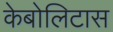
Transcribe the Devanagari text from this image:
केबोलिटास